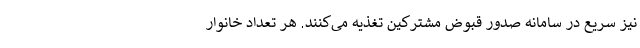
نیز سریع در سامانه صدور قبوض مشترکین تغذیه می‌کنند. هر تعداد خانوار